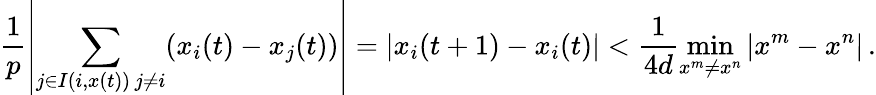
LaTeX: \frac{1}{p}\left|\sum_{\substack{j\in I(i,x(t))\, j\neq i}}(x_{i}(t)-x_{j}(t))\right|=|x_{i}(t+1)-x_{i}(t)|<\frac{1}{4d}\operatorname*{min}_{x^{m}\neq x^{n}}|x^{m}-x^{n}|\, .